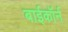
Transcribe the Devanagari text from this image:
बाईकॉर्न